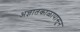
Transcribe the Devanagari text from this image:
अज्ञातकाळापासून